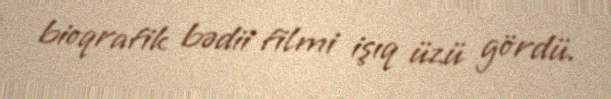
bioqrafik bədii filmi işıq üzü gördü.